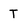
Character: T